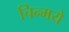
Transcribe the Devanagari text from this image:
चिन्मये